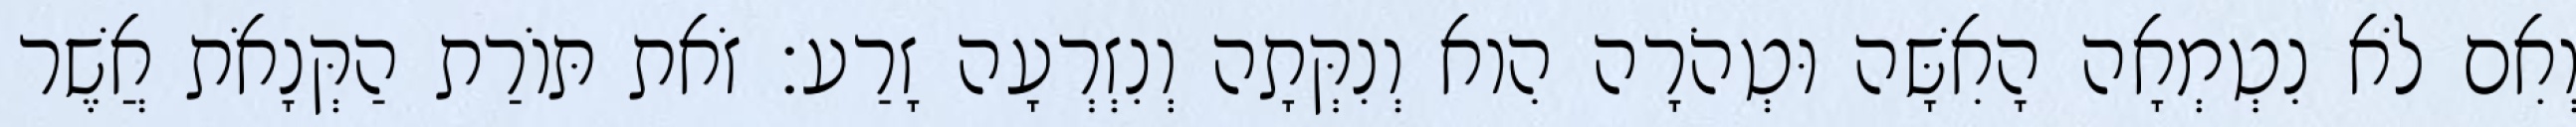
וְאִם לֹא נִטְמְאָה הָאִשָּׁה וּטְהֹרָה הִוא וְנִקְּתָה וְנִזְרְעָה זָרַע׃ זֹאת תּוֹרַת הַקְּנָאֹת אֲשֶׁר